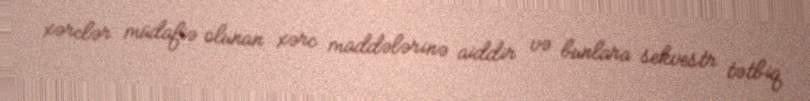
xərclər müdafiə olunan xərc maddələrinə aiddir və bunlara sekvestr tətbiq